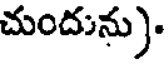
చుందును).